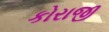
કોરાજી